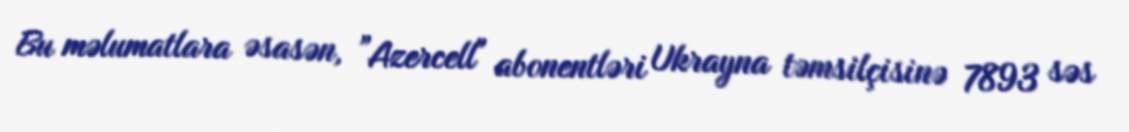
Bu məlumatlara əsasən, ”Azercell" abonentləri Ukrayna təmsilçisinə 7893 səs